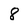
Character: 8